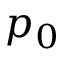
p _ { 0 }